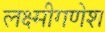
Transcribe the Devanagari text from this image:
लक्ष्मीगणेश